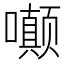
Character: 𫬟